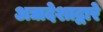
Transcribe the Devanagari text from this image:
अद्यादेशाद्वारे